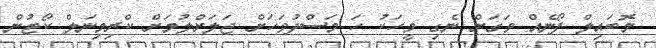
މޮބައިލް ފޯނެއް ވަގަށް ނެގި މީހަކު ހަ މަސްދުވަހަށް ޖަލަށްލުމަށް ކްރިމިނަލް ކޯޓުން